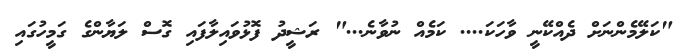
"ކަލޭމެންނަށް ދެއްކޭނީ ވާހަކަ.... ކަމެއް ނުވާނެ..." ރަޝީދު ފޮޅުވައިލާފައި ގޮސް ލަޔާންގެ ގަމީހުގައި